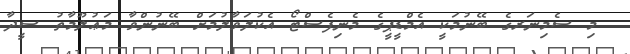
މި ސެމިނަރގެ ބޭނުމަކީ އެމްޑީޕީގެ މެނިފެސްޓޯ އެކުލަވާލުމަށް ބޭނުންވާ މަޢުލޫމާތު ސީދާ